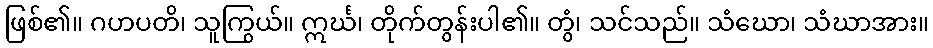
ဖြစ်၏။ ဂဟပတိ၊ သူကြွယ်။ ဣင်္ဃ၊ တိုက်တွန်းပါ၏။ တွံ၊ သင်သည်။ သံဃော၊ သံဃာအား။